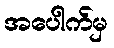
အပေါက်မှ